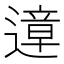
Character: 遧